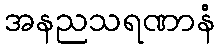
အနညသရဏာနံ